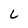
Character: L